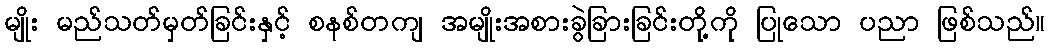
မျိုး မည်သတ်မှတ်ခြင်းနှင့် စနစ်တကျ အမျိုးအစားခွဲခြားခြင်းတို့ကို ပြုသော ပညာ ဖြစ်သည်။